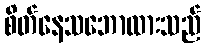
စိတ်နေသဘောထားသည်